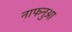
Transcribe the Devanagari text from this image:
नाफनुआ